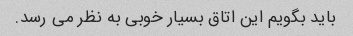
باید بگویم این اتاق بسیار خوبی به نظر می رسد.